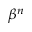
\beta ^ { n }